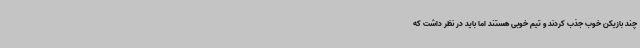
چند بازیکن خوب جذب کردند و تیم خوبی هستند اما باید در نظر داشت که